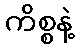
ကိစ္စနဲ့